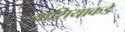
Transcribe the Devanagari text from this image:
आशियाकडे